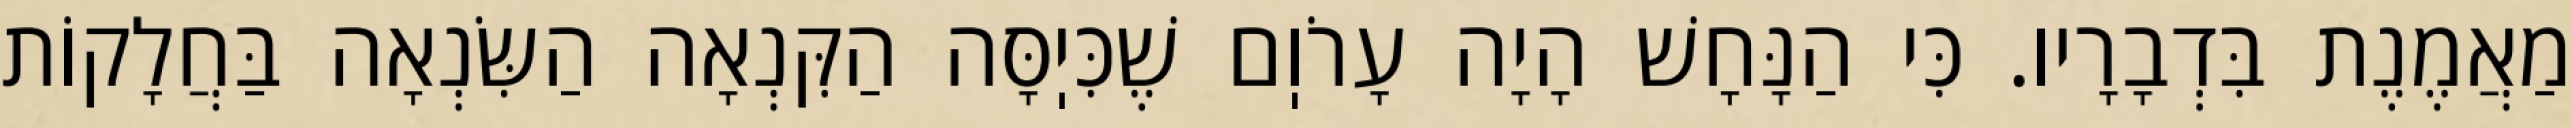
מַאֲמֶנֶת בִּדְבָרָיו. כִּי הַנָּחָשׁ הָיָה עָרֹוֽם שֶׁכִּיֽסָּה הַקִּנְאָה הַשִּׂנְאָה בַּחֲלָקוֹת